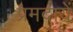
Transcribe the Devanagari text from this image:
प्रमदायें